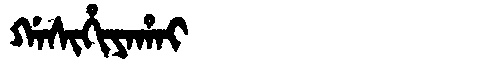
Manchu: ᡤᠠᠰᡳᡥᡳᠶᠠᡥᠠᡳ
Romanization: GASIHIYAHAI